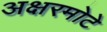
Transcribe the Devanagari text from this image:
अक्षरमोटे